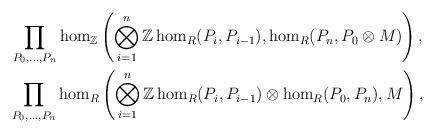
LaTeX: \begin{gather*}\prod_{P_0,\dots,P_n}\hom_{\mathbb Z}\left(\bigotimes_{i=1}^n \mathbb Z\hom_R(P_i,P_{i-1}), \hom_R(P_n,P_0\otimes M)\right),\\\prod_{P_0,\dots,P_n}\hom_{R}\left(\bigotimes_{i=1}^n \mathbb Z\hom_R(P_i,P_{i-1})\otimes \hom_R(P_0,P_n), M\right),\end{gather*}